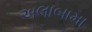
અલાબામા